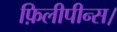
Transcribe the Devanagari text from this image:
फ़िलीपीन्स।